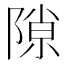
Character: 隙